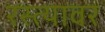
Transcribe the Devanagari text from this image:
रस्‍त्‍यावर